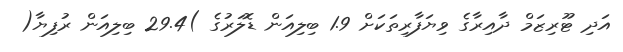
އަދި ޓޫރިޒަމް ދާއިރާގެ ވިޔަފާރިތަކަށް 1.9 ބިލިއަން ޑޮލަރުގެ )29.4 ބިލިއަން ރުފިޔާ(